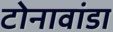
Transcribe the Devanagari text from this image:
टोनावांडा